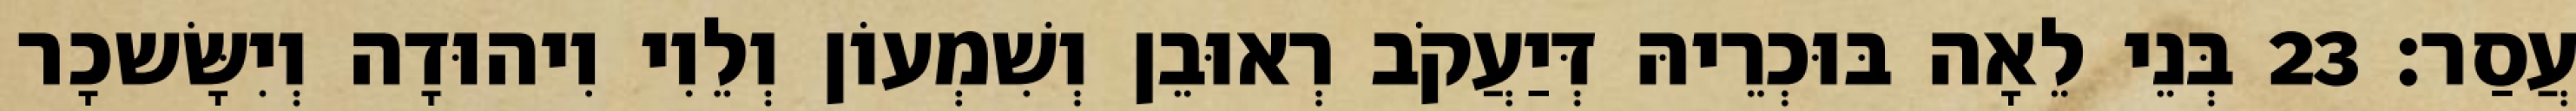
עֲסַר׃ 23 בְּנֵי לֵאָה בּוּכְרֵיהּ דְּיַעֲקֹב רְאוּבֵן וְשִׁמְעוֹן וְלֵוִי וִיהוּדָה וְיִשָּׂשכָר